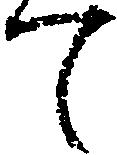
て